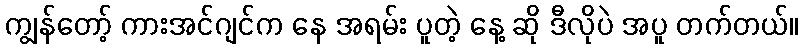
ကျွန်တော့် ကားအင်ဂျင်က နေ အရမ်း ပူတဲ့ နေ့ ဆို ဒီလိုပဲ အပူ တက်တယ်။